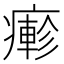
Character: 𤺋